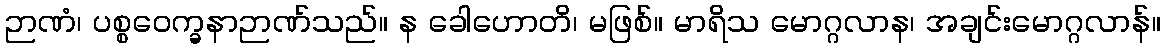
ဉာဏံ၊ ပစ္စဝေက္ခနာဉာဏ်သည်။ န ခေါဟောတိ၊ မဖြစ်။ မာရိသ မောဂ္ဂလာန၊ အချင်းမောဂ္ဂလာန်။